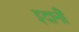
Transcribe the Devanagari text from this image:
इदानीं